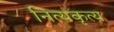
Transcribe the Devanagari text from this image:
नित्यकृत्य